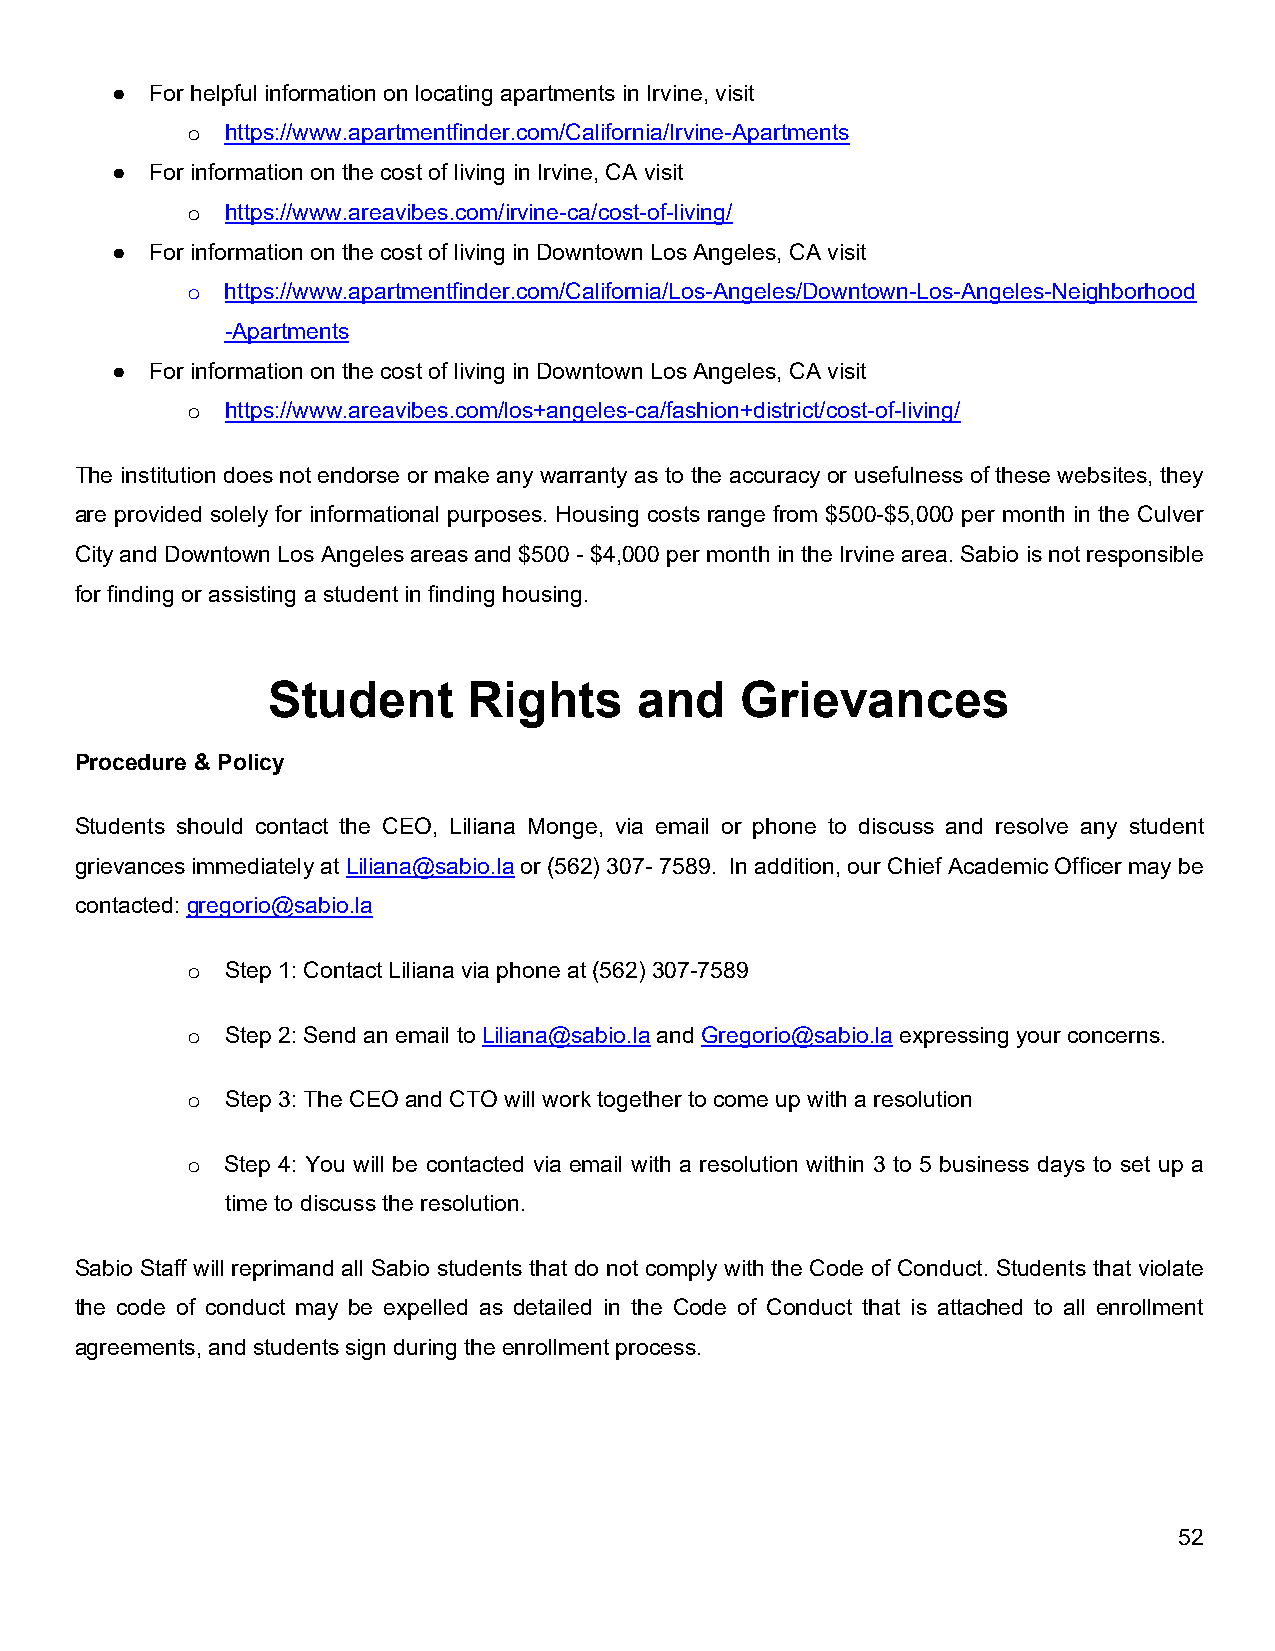
●  For helpful information on locating apartments in Irvine, visit
 o  https://www.apartmentfinder.com/California/Irvine-Apartments
 ●  For information on the cost of living in Irvine, CA visit
 o  https://www.areavibes.com/irvine-ca/cost-of-living/
 ●  For information on the cost of living in Downtown Los Angeles, CA visit
 o  https://www.apartmentfinder.com/California/Los-Angeles/Downtown-Los-Angeles-Neighborhood
 -Apartments
 ●  For information on the cost of living in Downtown Los Angeles, CA visit
 o  https://www.areavibes.com/los+angeles-ca/fashion+district/cost-of-living/
 The institution does not endorse or make any warranty as to the accuracy or usefulness of these websites, they
 are provided solely for informational purposes. Housing costs range from $500-$5,000 per month in the Culver
 City and Downtown Los Angeles areas and $500 - $4,000 per month in the Irvine area. Sabio is not responsible
 for finding or assisting a student in finding housing.
 Student      Rights     and    Grievances
 Procedure & Policy
 Students should contact the CEO, Liliana Monge, via email or phone to discuss and resolve any student
 grievances immediately at Liliana@sabio.la or (562) 307- 7589. In addition, our Chief Academic Officer may be
 contacted: gregorio@sabio.la
 o  Step 1: Contact Liliana via phone at (562) 307-7589
 o  Step 2: Send an email to Liliana@sabio.la and Gregorio@sabio.la expressing your concerns.
 o  Step 3: The CEO and CTO will work together to come up with a resolution
 o  Step 4: You will be contacted via email with a resolution within 3 to 5 business days to set up a
 time to discuss the resolution.
 Sabio Staff will reprimand all Sabio students that do not comply with the Code of Conduct. Students that violate
 the code of conduct may be expelled as detailed in the Code of Conduct that is attached to all enrollment
 agreements, and students sign during the enrollment process.
 52